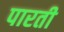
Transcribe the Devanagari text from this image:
पारती